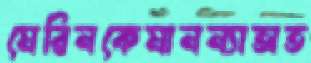
মেরিনকেমানন্যাঅত